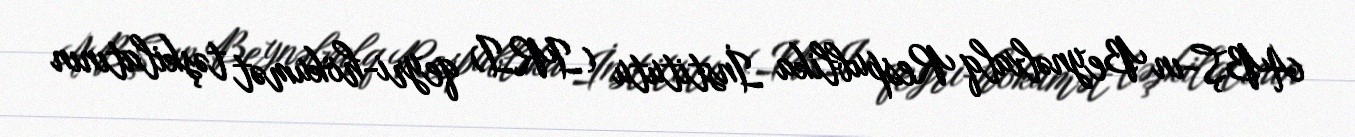
ABŞ-ın Beynəlxalq Respublika İnstitutu (IRI) qeyri-hökumət təşkilatının